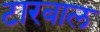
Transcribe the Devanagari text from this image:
टारबाल